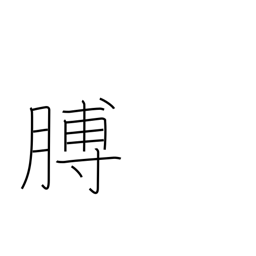
Meaning: arm